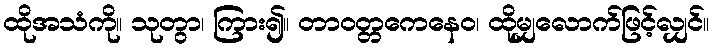
ထိုအသံကို။ သုတွာ၊ ကြား၍။ တာဝတ္တကေနေဝ၊ ထိုမျှလောက်ဖြင့်လျှင်။